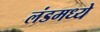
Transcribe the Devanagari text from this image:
लंडमध्ये